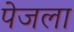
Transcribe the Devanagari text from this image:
पेजला